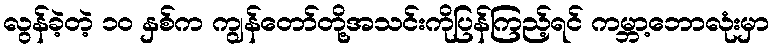
လွန်ခဲ့တဲ့ ၁၀ နှစ်က ကျွန်တော်တို့အသင်းကိုပြန်ကြည့်ရင် ကမ္ဘာ့ဘောလုံးမှာ